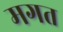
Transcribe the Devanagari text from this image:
मगत